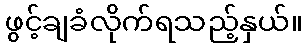
ဖွင့်ချခံလိုက်ရသည့်နှယ်။